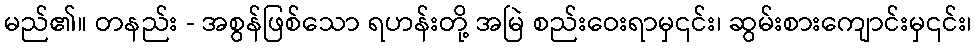
မည်၏။ တနည်း - အစွန်ဖြစ်သော ရဟန်းတို့ အမြဲ စည်းဝေးရာမှ၎င်း၊ ဆွမ်းစားကျောင်းမှ၎င်း၊